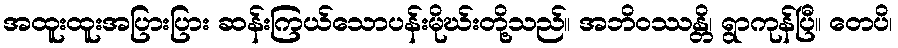
အထူးထူးအပြားပြား ဆန်းကြယ်သောပန်းမိုဃ်းတို့သည်။ အဘိဝဿန္တိ၊ ရွာကုန်ပြီ။ တေပိ၊